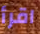
اقرأ